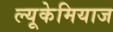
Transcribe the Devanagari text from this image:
ल्यूकेमियाज